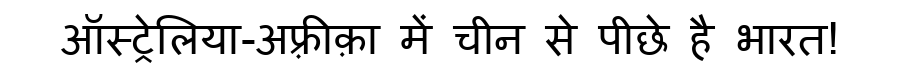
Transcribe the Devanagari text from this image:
ऑस्ट्रेलिया-अफ़्रीक़ा में चीन से पीछे है भारत!